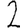
Digit: 2